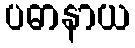
ပဓာနာယ